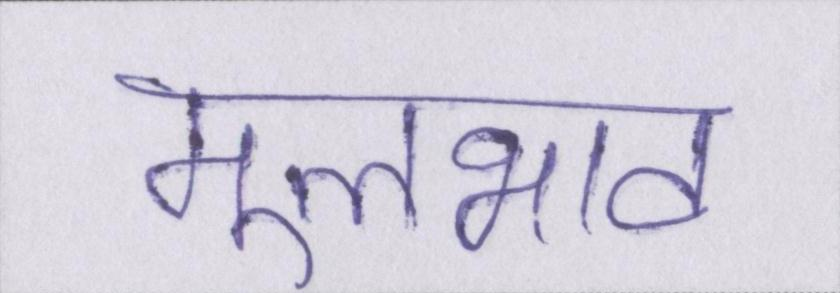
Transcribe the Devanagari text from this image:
मूलभाव